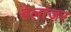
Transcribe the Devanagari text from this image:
बेलांजर